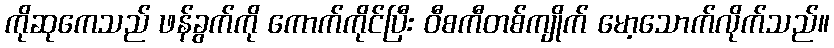
ကိုဆုကေသည် ဖန်ခွက်ကို ကောက်ကိုင်ပြီး ဝီစကီတစ်ကျိုက် မော့သောက်လိုက်သည်။